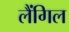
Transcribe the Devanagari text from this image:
लैंगिल